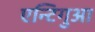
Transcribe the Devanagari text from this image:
एन्टिगुआ